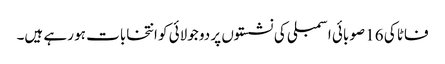
فاٹا کی 16 صوبائی اسمبلی کی نشستوں پر دو جولائی کو انتخابات ہو رہے ہیں۔